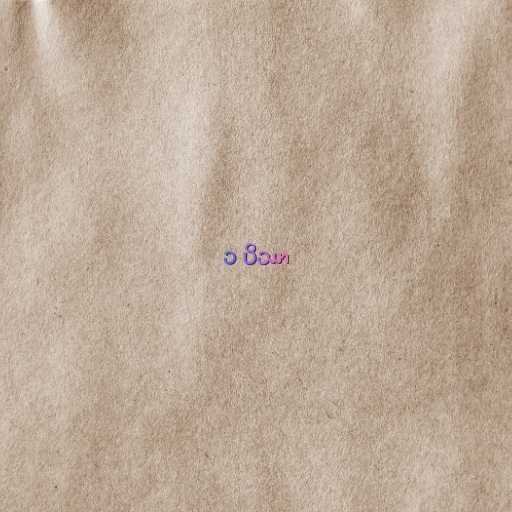
၁ ပိဿာ